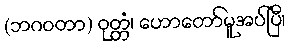
(ဘဂဝတာ) ဝုတ္တံ၊ ဟောတော်မူအပ်ပြီ၊